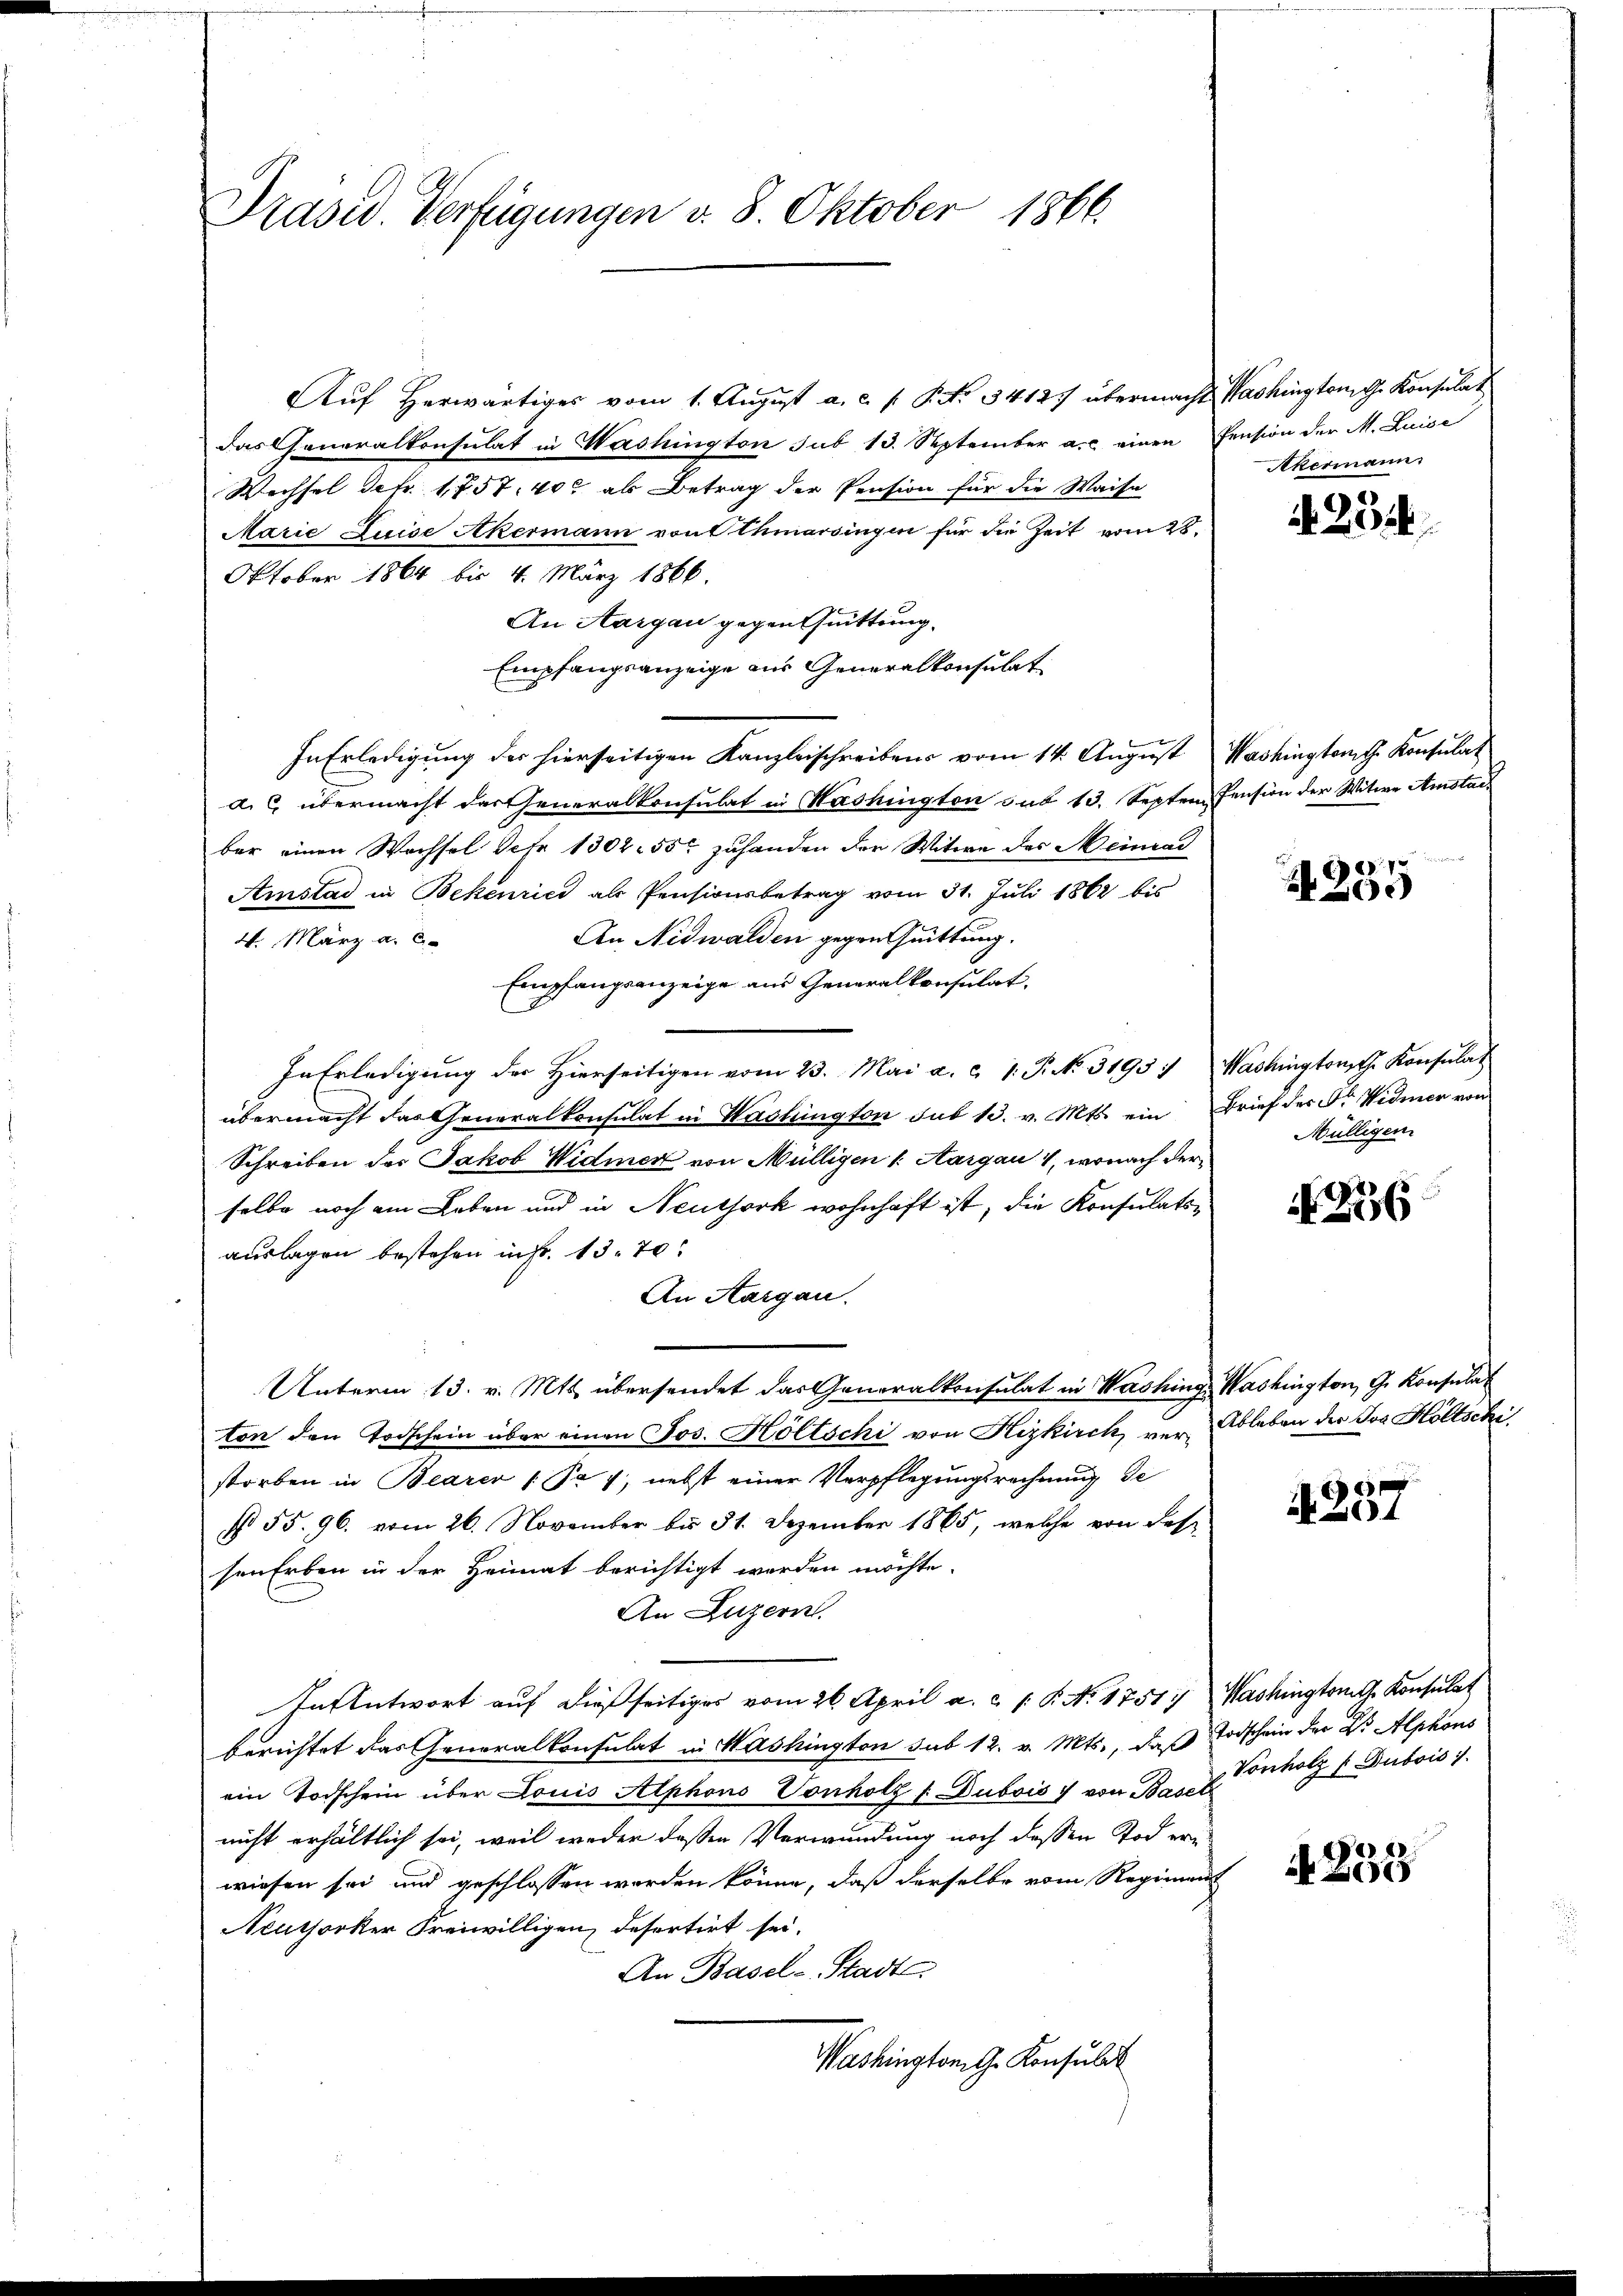
Präsid. Verfügungen v. 8. Oktober 1866.

Auf herwärtiges vom 1. August a. c. s. P. R. 34127 übermacht Washington Gr. Konsulat
das Generalkonsulat in Washington sub 13. September a.c. einen Pension der M. Luise
Wechsel detr. 1757. 400 als Betrag der Pension für die Waise
Marie Luise Akermann von Othmarsingen für die Zeit vom 28.
Oktober 1864 bis 4. März 1866.
An Aargau gegensuittung.
Empfangsanzeige aus Generalkonsulat
In Erledigung des hierseitigen Kanzleischreibens vom 14. August Washingtong. Konsulat
a. c. übermacht das Generalkonsulat in Washington sub 13. Septen Pension der Witwe Amstach
bar einen Wachsel Jahr 1302. 55 zuhanden der Witwe des Meincai
Amstad in Bekenrici als Pensionsbetrag vom 31. Juli 1862 bis
An Nidwalden gegentuittung.
4. März a. c.
Empfangsanzeige aus Generalkonsulat
In Erledigung der Hierseitigen vom 23. Mai a. c. 1. P. N. 3195 : Washingtonst Konsulat
übermacht das Generalkonsulat in Washington sub 13. v. Mts. ein Brief der Dr. Widmer von
Schreiben des Jakob Widmer von Mülligen 1. Aargau 1, wonach der
selbe noch am Leben und in Neuthork wohnhaft ist, die Konsulatiauslagen bestehen in so. 13. 70.
An Aargau.
Unterm 13. v. Mts. übersendet das Generalkonsulat in Washing Washington, G. Konsulat
ton den Todschein über einen Jos. Höltschi von Hizkirch vor Ableben der Tag Höltschi
storben in Bearer (Pr 1, nebst einer Verpflegungsrechnung de
s 55. 96. vom 26. November bis 31. Dezember 1865, welche von des
sen Erben in der Heimat berichtigt werden möchte.
An Luzern.
In Antwort auf dießseitiges vom 26. April a. c. /: P. No 1751. Washingtong. Konsulat
berichtet das Generalkonsulat in Washington sub 12. v. Mts., daß Todschein der Dr. Alphons
ein Todschein über Louis Alphons Vonholz f Dubois & von Basel
nicht erhältlich sei, weil weder deßen Verwundung noch dessen Tod eri
wiesen sei und geschlossen worden könne, daß derselbe vom Regiment
Neuthorker Freiwilligen, desertirt sei.
An Basel-Stadt
Washington G. Konsulat

Akermann

4234

18.7.
00

Mülligem

N 256

6
4

Vonholz ( Dubois

A 238